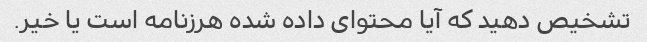
تشخیص دهید که آیا محتوای داده شده هرزنامه است یا خیر.